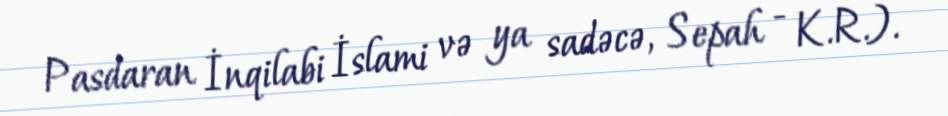
Pasdaran İnqilabi İslami və ya sadəcə, Sepah - K.R.).